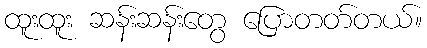
ထူးထူး ဆန်းဆန်းတွေ ပြောတတ်တယ်။